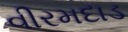
વીરમદાડ